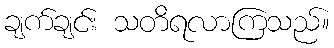
ချက်ချင်း သတိရလာကြသည်။